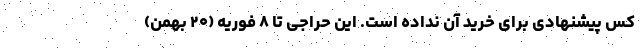
کس پیشنهادی برای خرید آن نداده است. این حراجی تا ۸ فوریه (۲۰ بهمن)